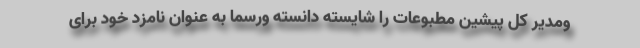
ومدیر کل پیشین مطبوعات را شایسته دانسته ورسما به عنوان نامزد خود برای